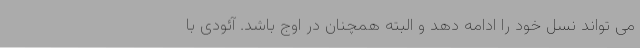
می تواند نسل خود را ادامه دهد و البته همچنان در اوج باشد. آئودی با